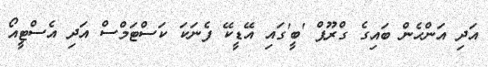
އަދި އަންހެން ބައިގެ ގްރޫޕް 'ބީ'ގައި އޭޑީކޭ ފެނަކަ ކަސްޓަމްސް އަދި އެސްޓީއޯ